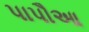
પાપૌઆ